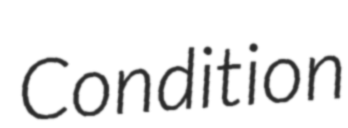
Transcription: Condition